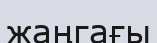
жаңгағы